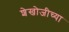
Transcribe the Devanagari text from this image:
शेखोजीच्या